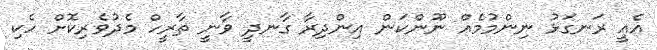
އެއީ ރަނގަޅު ނިންމުމެއް ނޫންކަން އިންދިރާ ގާނދީ ވާނީ ތާރީހް މެދުވެރިކޮށް ހެކި